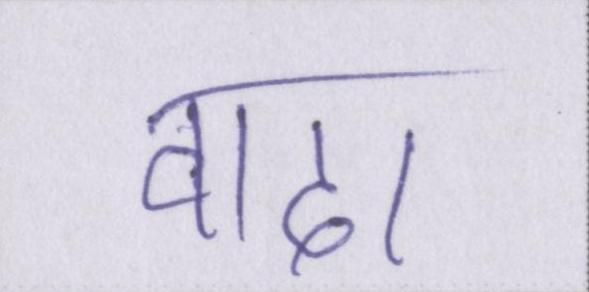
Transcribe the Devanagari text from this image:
वादा